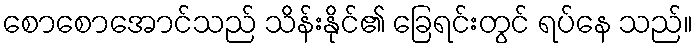
စောစောအောင်သည် သိန်းနိုင်၏ ခြေရင်းတွင် ရပ်နေ သည်။